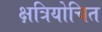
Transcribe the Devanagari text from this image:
क्षत्रियोचित